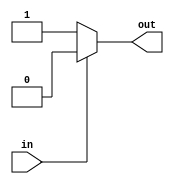
module cmos_not_gate (
    input wire in,
    output reg out
);

always @(*)
begin
    if (in == 0)  // input signal is low
        out = 1;  // PMOS transistor is off, NMOS transistor is on
    else  // input signal is high
        out = 0;  // PMOS transistor is on, NMOS transistor is off
end

endmodule